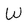
Character: W